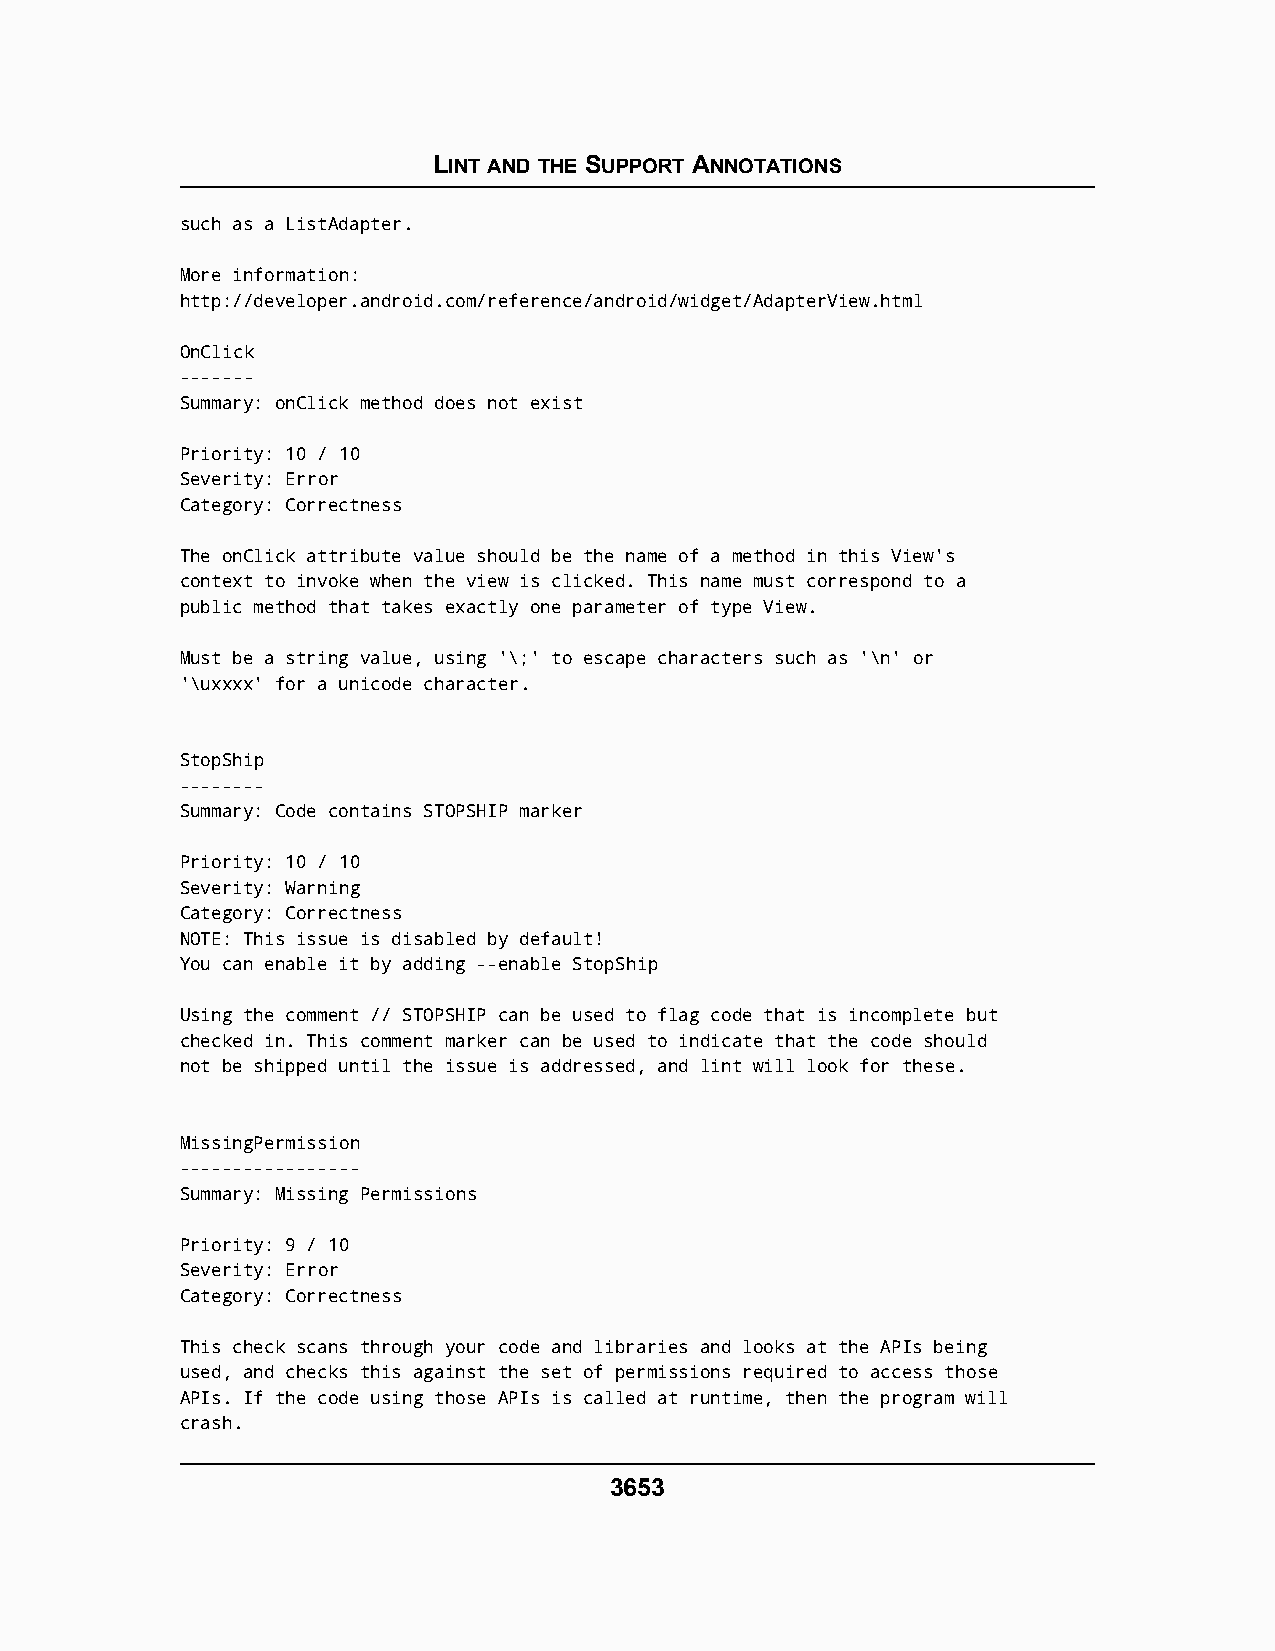
LINT AND THE SUPPORT ANNOTATIONS
 such as a ListAdapter.
 More information:
 http://developer.android.com/reference/android/widget/AdapterView.html
 OnClick
 -------
 Summary: onClick method does not exist
 Priority: 10 / 10
 Severity: Error
 Category: Correctness
 The onClick attribute value should be the name of a method in this View's
 context to invoke when the view is clicked. This name must correspond to a
 public method that takes exactly one parameter of type View.
 Must be a string value, using '\;' to escape characters such as '\n' or
 '\uxxxx' for a unicode character.
 StopShip
 --------
 Summary: Code contains STOPSHIP marker
 Priority: 10 / 10
 Severity: Warning
 Category: Correctness
 NOTE: This issue is disabled by default!
 You can enable it by adding --enable StopShip
 Using the comment // STOPSHIP can be used to flag code that is incomplete but
 checked in. This comment marker can be used to indicate that the code should
 not be shipped until the issue is addressed, and lint will look for these.
 MissingPermission
 -----------------
 Summary: Missing Permissions
 Priority: 9 / 10
 Severity: Error
 Category: Correctness
 This check scans through your code and libraries and looks at the APIs being
 used, and checks this against the set of permissions required to access those
 APIs. If the code using those APIs is called at runtime, then the program will
 crash.
 3653